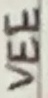
Text: VEE